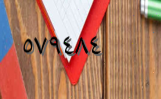
٥٧٩٤٨٤